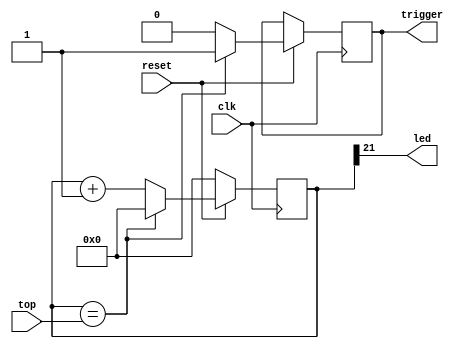
module timer(
    input wire clk,
    input wire reset,
    input wire[24:0] top,
    output wire led,
    output reg trigger 
);
    reg[24:0] counter; 
    assign led = counter[21];
    always @(posedge clk) begin
        if (!reset) begin
            counter <= 24'b0;
        end else begin            
            if (counter == top) begin
                counter <= 24'b0;
                trigger <= 1'b1;
            end else begin 
                counter <= counter + 1'b1;
                trigger <= 1'b0;
            end
        end
    end
endmodule